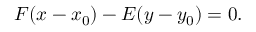
F ( x - x _ { 0 } ) - E ( y - y _ { 0 } ) = 0 .